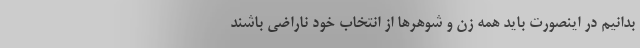
بدانیم در اینصورت باید همه زن و شوهرها از انتخاب خود ناراضی باشند